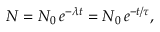
N = N _ { 0 } \, e ^ { - { \lambda } t } = N _ { 0 } \, e ^ { - t / \tau } , \,